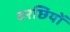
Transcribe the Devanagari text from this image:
बरछियों